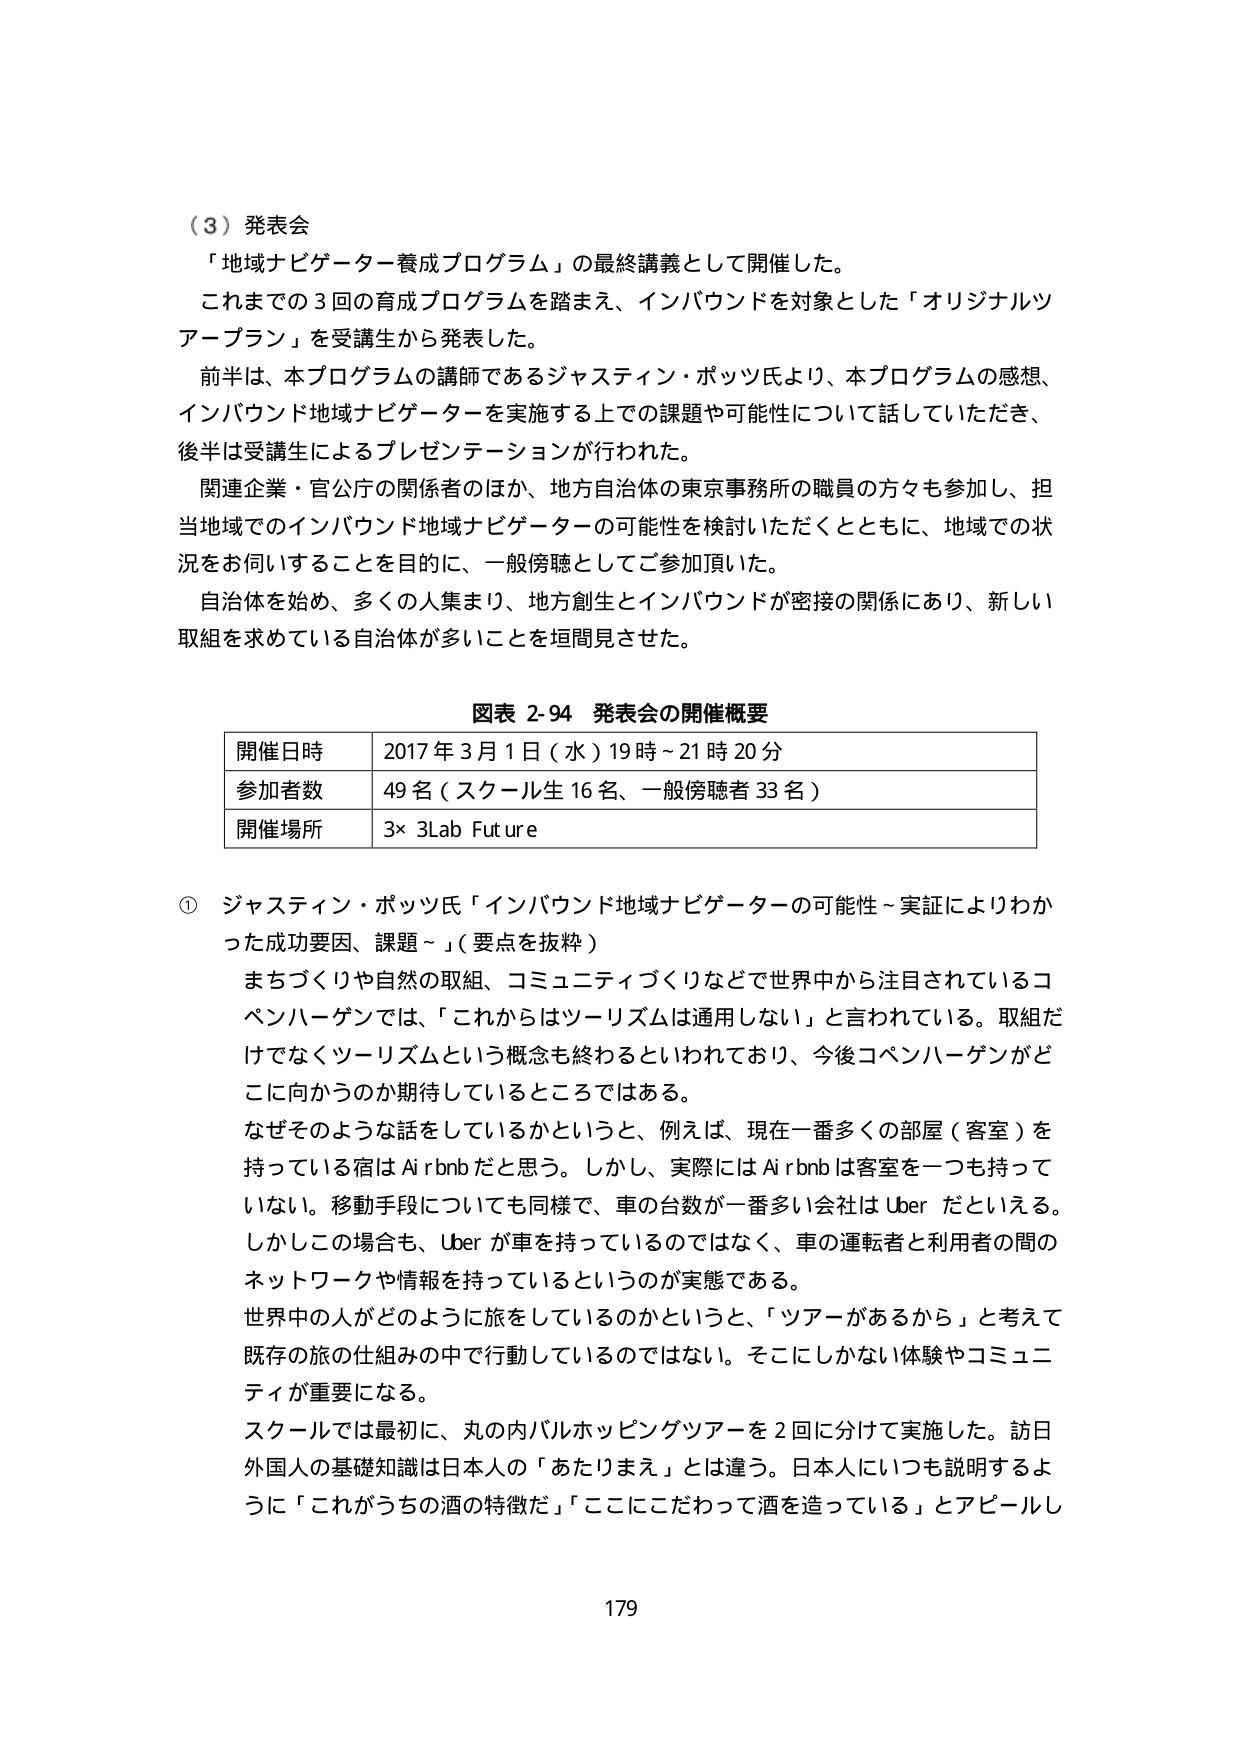
（３）発表会
「地域ナビゲーター養成プログラム」の最終講義として開催した。
これまでの３回の育成プログラムを踏まえ、インバウンドを対象とした「オリジナルツアープラン」を受講生から発表した。
前半は、本プログラムの講師であるジャスティン・ポッツ氏より、本プログラムの感想、インバウンド地域ナビゲーターを実施する上での課題や可能性について話していただき、後半は受講生によるプレゼンテーションが行われた。
関連企業・官公庁の関係者のほか、地方自治体の東京事務所の職員の方々も参加し、担当地域でのインバウンド地域ナビゲーターの可能性を検討いただくとともに、地域での状況をお伺いすることを目的に、一般傍聴としてご参加頂いた。
自治体を始め、多くの人集まり、地方創生とインバウンドが密接の関係にあり、新しい取組を求めている自治体が多いことを垣間見させた。

図表 2-94 発表会の開催概要
| 開催日時 | 2017年3月1日（水）19時～21時20分 |
| 参加者数 | 49名（スクール生16名、一般傍聴者33名） |
| 開催場所 | 3×3Lab Future |

① ジャスティン・ポッツ氏「インバウンド地域ナビゲーターの可能性～実証によりわかった成功要因、課題～」（要点を抜粋）
まちづくりや自然の取組、コミュニティづくりなどで世界中から注目されているコペンハーゲンでは、「これからはツーリズムは通用しない」と言われている。取組だけでなくツーリズムという概念も終わるといわれており、今後コペンハーゲンがどこに向かうのか期待しているところではある。
なぜそのような話をしているかというと、例えば、現在一番多くの部屋（客室）を持っている宿はAirbnbだと思う。しかし、実際にはAirbnbは客室を一つも持っていない。移動手段についても同様で、車の台数が一番多い会社はUberだといえる。しかしこの場合も、Uberが車を持っているのではなく、車の運転者と利用者の間のネットワークや情報を持っているというのが実態である。
世界中の人があどのように旅をしているのかというと、「ツアーがあるから」と考えて既存の旅の仕組みの中で行動しているのではない。そこにしかない体験やコミュニティが重要になる。
スクールでは最初に、丸の内バルホッピングツアーを2回に分けて実施した。訪日外国人の基礎知識は日本人の「あたりまえ」とは違う。日本人にいつも説明するように「これがうちの酒の特徴だ」「ここにこだわって酒を造っている」とアピールし

179